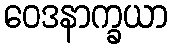
ဝေဒနာက္ခယာ